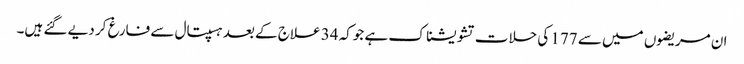
ان مریضوں میں سے 177 کی حلات تشویشناک ہے جوکہ 34 علاج کے بعد ہسپتال سے فارغ کر دیے گئے ہیں۔